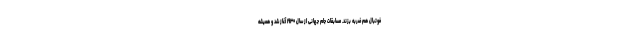
فوتبال هم ضربه بزند. مسابقات جام جهانی از سال ۱۹۳۰ آغاز شد و همیشه